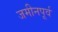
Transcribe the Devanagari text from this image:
जमीनपूर्व